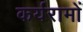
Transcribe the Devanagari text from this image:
कर्यरामों